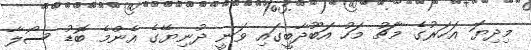
މިދިޔަ އަހަރުގެ މާޗު މަހު އަބޫދާބީގައި ވަނީ ދުނިޔޭގެ އެންމެ ބޮޑު ސޯލާ